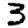
Digit: 3